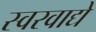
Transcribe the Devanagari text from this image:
स्वरवाद्ये